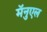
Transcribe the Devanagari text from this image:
मॅनुएल